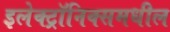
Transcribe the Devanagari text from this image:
इलेक्ट्रॉनिक्समधील